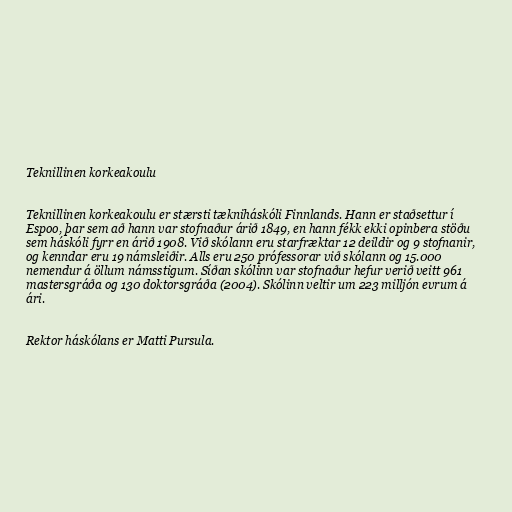
Teknillinen korkeakoulu

Teknillinen korkeakoulu er stærsti tækniháskóli Finnlands. Hann er staðsettur í
Espoo, þar sem að hann var stofnaður árið 1849, en hann fékk ekki opinbera stöðu
sem háskóli fyrr en árið 1908. Við skólann eru starfræktar 12 deildir og 9 stofnanir,
og kenndar eru 19 námsleiðir. Alls eru 250 prófessorar við skólann og 15.000
nemendur á öllum námsstigum. Síðan skólinn var stofnaður hefur verið veitt 961
mastersgráða og 130 doktorsgráða (2004). Skólinn veltir um 223 milljón evrum á
ári.

Rektor háskólans er Matti Pursula.